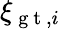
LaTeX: \xi_{\mathrm{~g~t~},i}